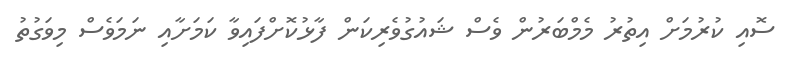
ސޮއި ކުރުމަށް އިތުރު މެމްބަރުން ވެސް ޝައުގުވެރިކަން ފާޅުކޮށްފައިވާ ކަމަށާއި ނަމަވެސް މިވަގުތު